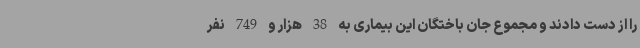
را از دست دادند و مجموع جان باختگان این بیماری به 38 هزار و 749 نفر